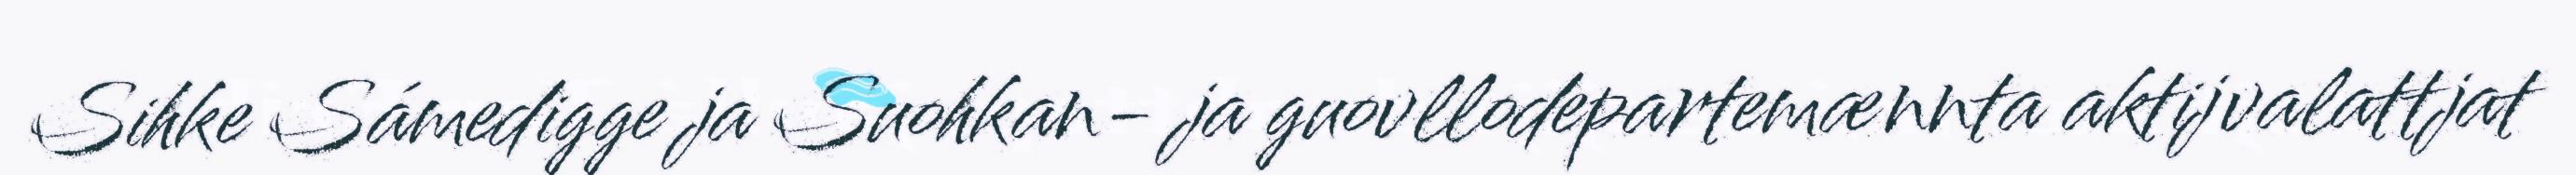
Sihke Sámedigge ja Suohkan- ja guovllodepartemænnta aktijvalattjat